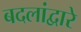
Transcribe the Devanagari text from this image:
बदलांद्वारे